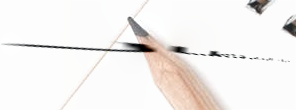
طريق المطار